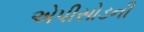
એપીસોડની